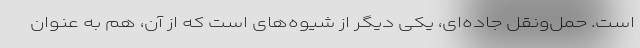
است. حمل‌ونقل جاده‌ای، یکی دیگر از شیوه‌های است که از آن، هم به عنوان